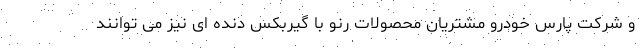
و شرکت پارس خودرو مشتریان محصولات رنو با گیربکس دنده ای نیز می توانند